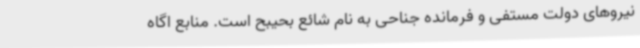
نیروهای دولت مستفی و فرمانده جناحی به نام شائع بحیبح است. منابع اگاه